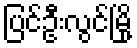
ပြင်ဦးလွင်မြို့